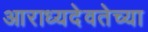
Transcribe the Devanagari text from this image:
आराध्यदेवतेच्या